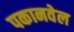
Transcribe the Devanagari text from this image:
पकानवेल